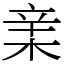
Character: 𣓀